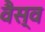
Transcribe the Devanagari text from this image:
वैस्‍व